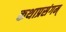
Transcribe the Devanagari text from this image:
कथाप्रसंगम्